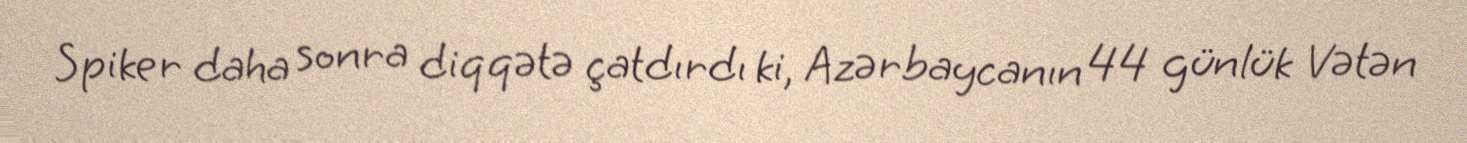
Spiker daha sonra diqqətə çatdırdı ki, Azərbaycanın 44 günlük Vətən